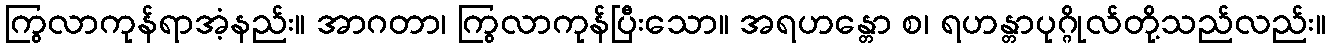
ကြွလာကုန်ရာအံ့နည်း။ အာဂတာ၊ ကြွလာကုန်ပြီးသော။ အရဟန္တော စ၊ ရဟန္တာပုဂ္ဂိုလ်တို့သည်လည်း။